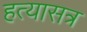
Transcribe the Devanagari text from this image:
हत्यासत्र